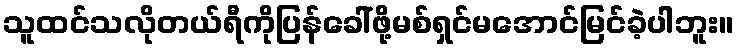
သူထင်သလိုတယ်ရီကိုပြန်ခေါ်ဖို့မစ်ရှင်မအောင်မြင်ခဲ့ပါဘူး။